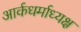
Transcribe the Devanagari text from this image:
आर्कधर्माध्यक्ष